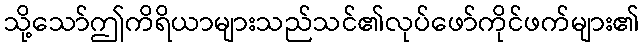
သို့သော်ဤကိရိယာများသည်သင်၏လုပ်ဖော်ကိုင်ဖက်များ၏